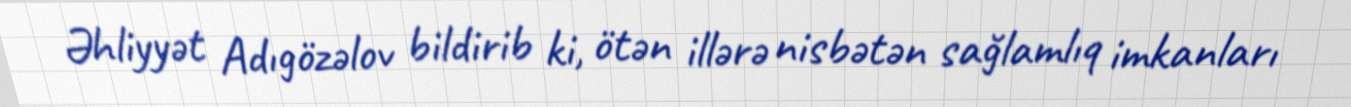
Əhliyyət Adıgözəlov bildirib ki, ötən illərə nisbətən sağlamlıq imkanları